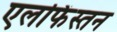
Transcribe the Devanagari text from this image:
एलफिंस्तन